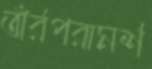
তাঁর্রপরামর্শ